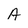
Character: A